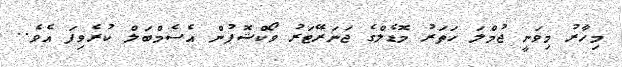
މިހާރު މިވަނީ ޖުމްލަ ހަތަރު މޮޑެލްގެ ޖަނަރޭޓަރު ވޯކްޝޮޕުން އެސެމްބަލް ކުރެވިފަ އެވެ..